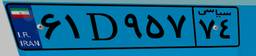
۹۴D۸۷۲۰۹